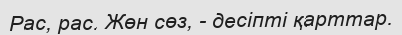
Рас, рас. Жөн сөз, - десіпті қарттар.